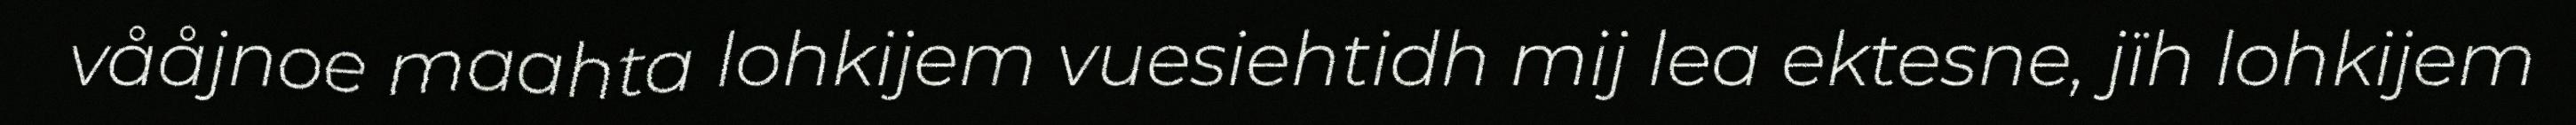
vååjnoe maahta lohkijem vuesiehtidh mij lea ektesne, jïh lohkijem